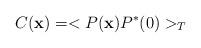
LaTeX: \begin{align*}C({\bf x}) = <P({\bf x}) P^*(0)>_T\end{align*}